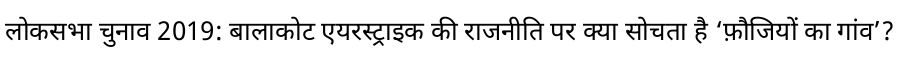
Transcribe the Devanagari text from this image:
लोकसभा चुनाव 2019: बालाकोट एयरस्ट्राइक की राजनीति पर क्या सोचता है ‘फ़ौजियों का गांव’?